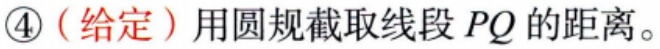
\textcircled{4}（给定）用圆规截取线段 \(PQ\) 的距离。